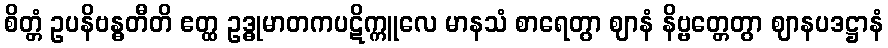
စိတ္တံ ဥပနိဗန္ဓတီတိ ဧတ္ထ ဥဒ္ဓုမာတကပဋိက္ကူလေ မာနသံ စာရေတွာ ဈာနံ နိဗ္ဗတ္တေတွာ ဈာနပဒဋ္ဌာနံ